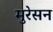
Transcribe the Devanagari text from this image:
मुरेसन